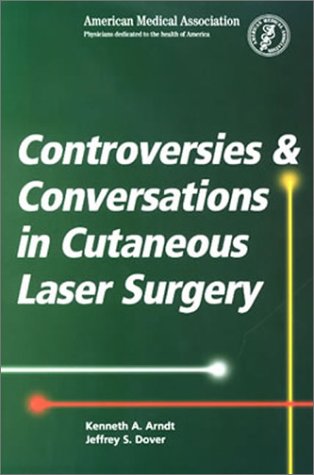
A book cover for Controversies and Coversations in Cutaneous Laser Surgery; Jeffery S. Dover; Medical Books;